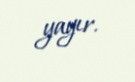
yayır.